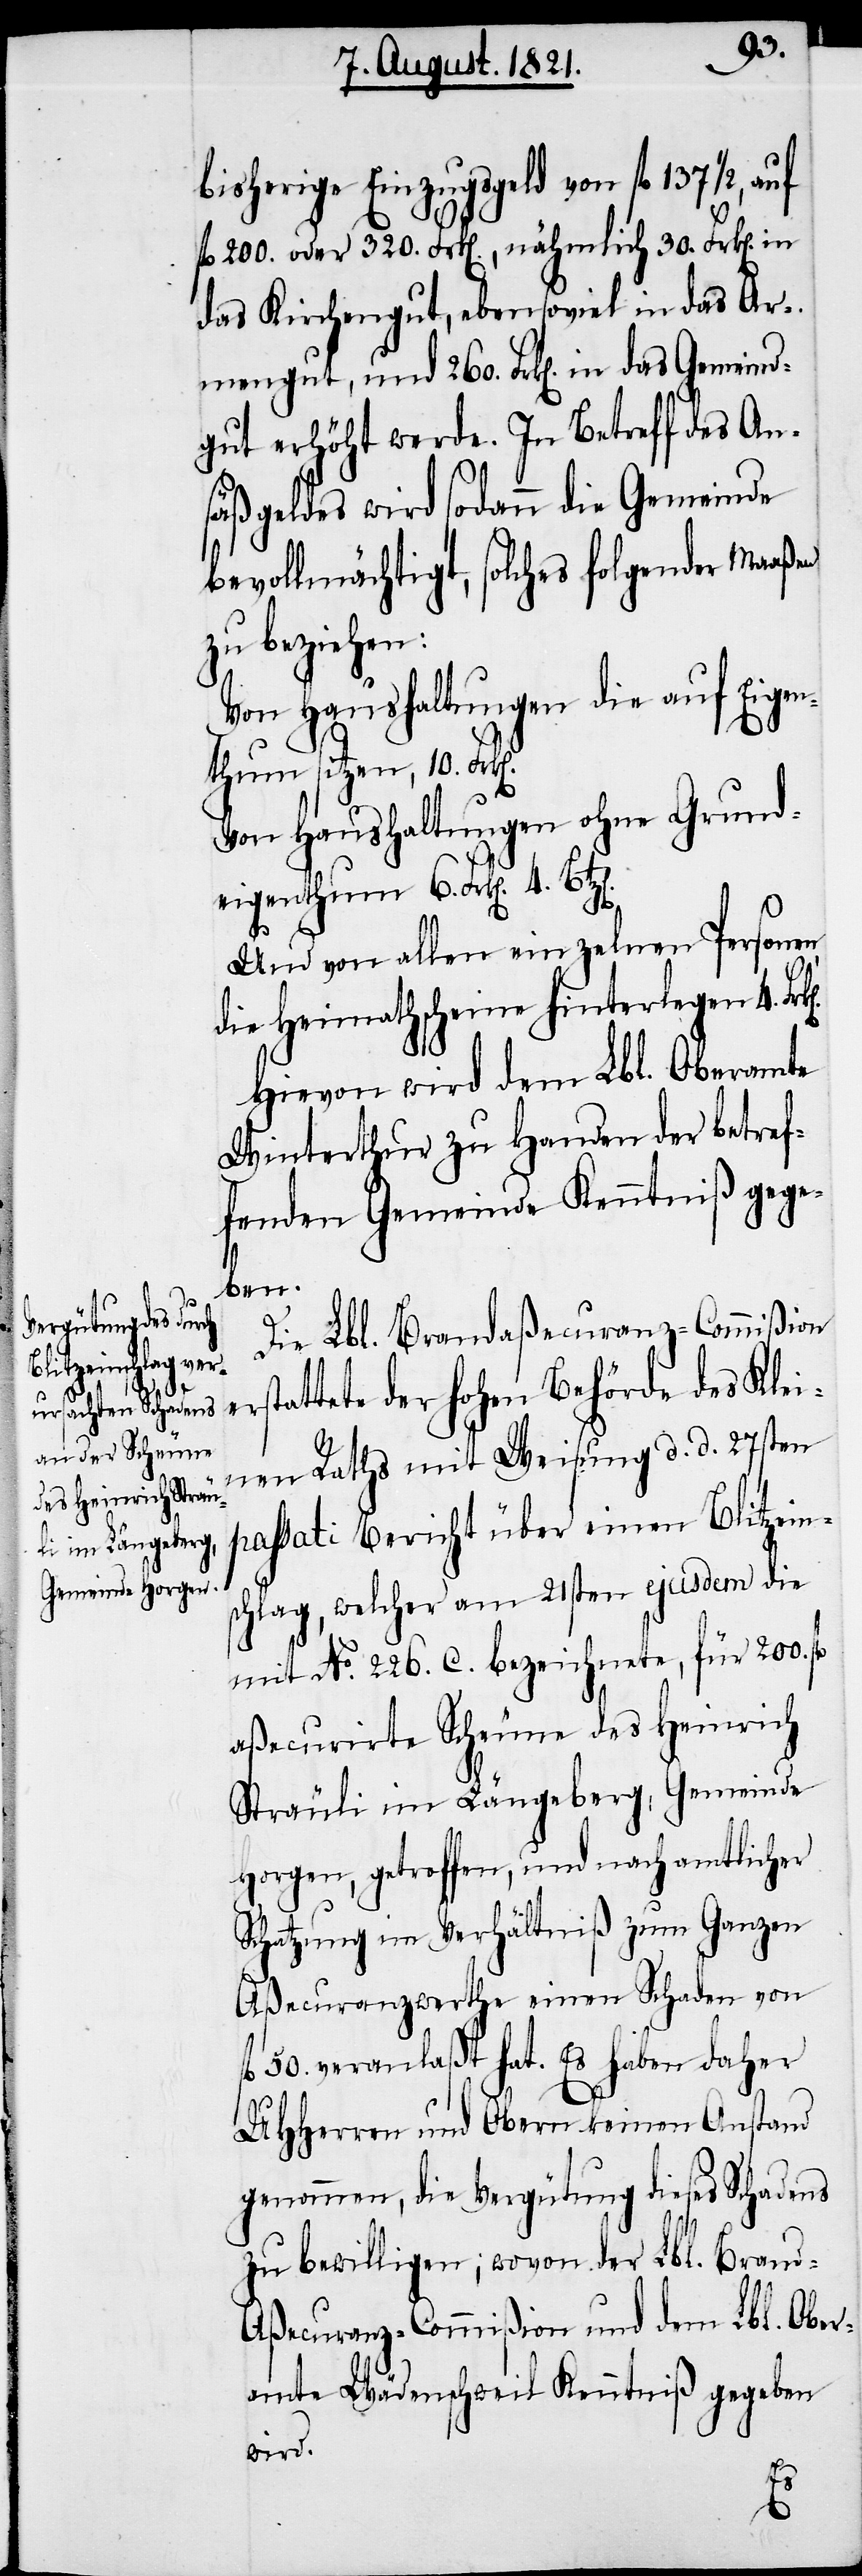
e¬
bisherige Einzugsgeld von fl. 137 1/2,
fl. 200. oder 320. Frk[en]., nähmlich 30. Frk[en].
das Kirchengut, ebensoviel in das Ar¬
mengut, und 260. Frk[en]. in das Gemeind¬
gut erhöht werde. In Betreff des An¬
säßgeldes wird sodann die Gemeinde
bevollmächtigt, solches folgender Maaßen
zu beziehen:
Von Haushaltungen die auf Eigen¬
thum sitzen, 10 Fr¬
Von Haushaltungen ohne Grund¬
eigenthum 6. Frk[en]. 4
Und von allen einzelnen Personen,
die Heimathscheine hinterlegen 4. Fr¬
Hievon wird dem Lbl. Oberamte
Winterthur zu Handen der betref¬
fenden Gemeinde Kenntniß gege¬
ben.
Die Lbl. Brandaßecuranz-Commißion
rstattete der hohen Behörde des Klei¬
nen Raths mit Weisung d. d. 27sten
passati Bericht über einen Blitzein¬
schlag, welcher am 21sten ejusdem die
mit No. 226. C. bezeichnete, für 200. fl.
aßecurirte Scheune des Heinrich
Sträuli im Längeberg, Gemeinde
Horgen, getroffen, und nach amtlicher
Schatzung im Verhältniß zum Ganzen
Aßecuranzwerthe einen Schaden von
fl 50. veranlaßt hat. Es haben daher
UHHerren und Obern keinen Anstand
genommen, die Vergütung dieses Schadens
zu bewilligen; wovon der Lbl. Bran¬
d-Aßecuranz-Commißion und dem Lbl. Ober¬
amte Wädenschweil Kenntniß gegeben
wird.